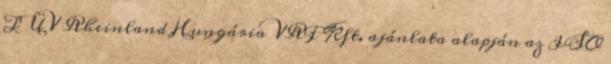
TÜV Rheinland Hungária VRF Kft. ajánlata alapján az ISO